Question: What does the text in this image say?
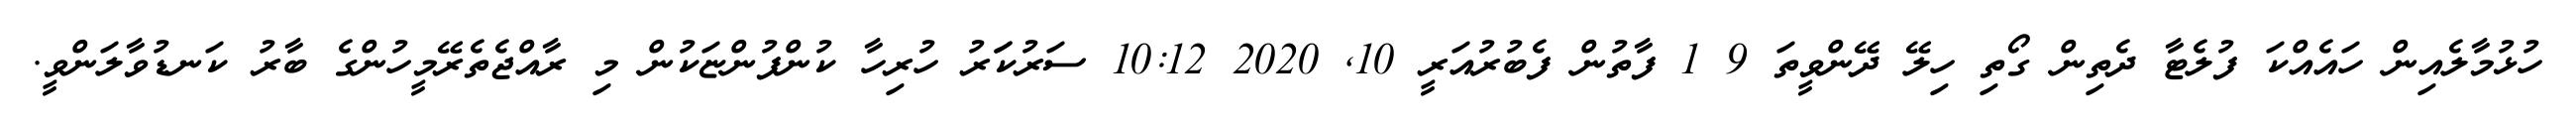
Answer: ހުޅުމާލެއިން ހައެއްކަ ފުލެޓާ ދެތިން ގޯތި ހިލޭ ދޭންވީތަ 9 1 ފާތުން ފެބުރުއަރީ 10, 2020 10:12 ސަރުކަަރު ހުރިހާ ކުންފުންޏަކުން މި ރާއްޖެތެރޭމީހުންގެ ބާރު ކަނޑުވާލަންވީ.